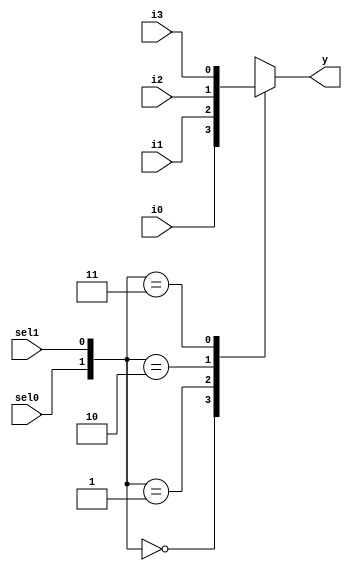
module mux(    input i0, i1, i2, i3,
    input sel0, sel1,
    output reg y
);

always @(*) begin
    case({sel0, sel1}) 
        2'b00: y = i0;
        2'b01: y = i1;
        2'b10: y = i2;
        2'b11: y = i3;
        default: y = 1'b0; 
    endcase
end

endmodule